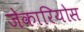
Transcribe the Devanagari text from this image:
जेकारियोस